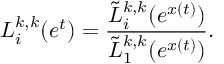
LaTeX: L _ { i } ^ { k , k } ( e ^ { t } ) = \frac { \tilde { L } _ { i } ^ { k , k } ( e ^ { x ( t ) } ) } { \tilde { L } _ { 1 } ^ { k , k } ( e ^ { x ( t ) } ) } .